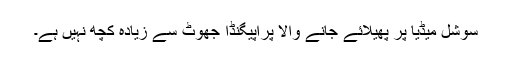
سوشل میڈیا پر پھیلائے جانے والا پراپیگنڈا جھوٹ سے زیادہ کچھ نہیں ہے۔